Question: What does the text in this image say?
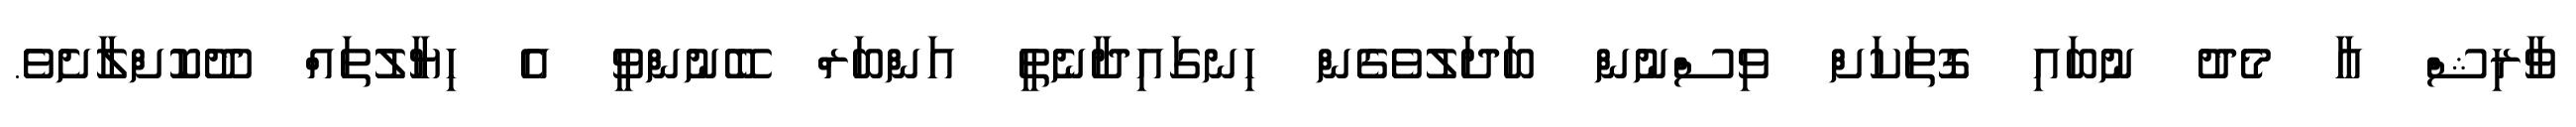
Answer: ވާރިޝް އާ މެދު ނުބައި ގޮތަކަށް ވިސްނުން ބަދަލުވެގެން ހިނގައިދާނެތީ އަންބަރް ބޭނުންވީ އެ ހިޔާލުތައް ދޫކޮށްލާށެވެ.